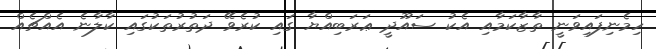
ހިމެނިފައިވަނީ ތާޒާކަމާއި އެކު ސައޫދީ ޢަރަބިއްޔާ ގައި ކުރެވޭ ދަތުރުތަކުގައި ކާލާނެ އެއްޗެއް